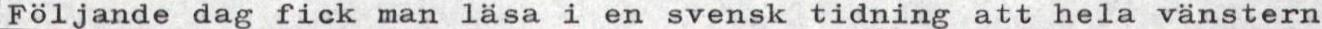
Följande dag fick man läsa i en svensk tidning att hela vänstern